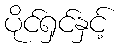
ပိုင်ရှင်နှင့်